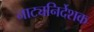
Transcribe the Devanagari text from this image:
नाट्यनिर्देशक